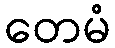
တေမံ